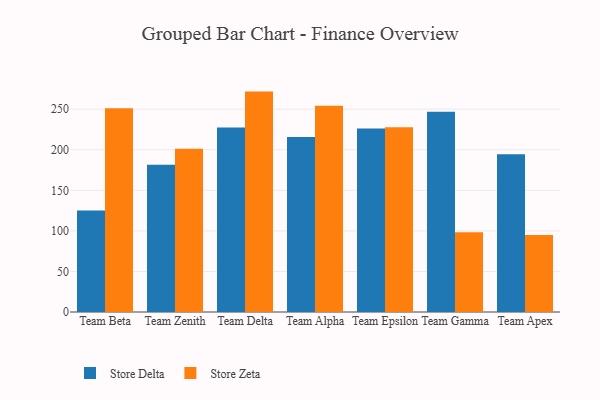
{"axis": {"x": "Team", "y": "Operating Costs (USD K)"}, "legend": ["Store Delta", "Store Zeta"], "data": [{"x": "Team Beta", "y": 125.2, "type": "Store Delta"}, {"x": "Team Beta", "y": 251.3, "type": "Store Zeta"}, {"x": "Team Zenith", "y": 181.5, "type": "Store Delta"}, {"x": "Team Zenith", "y": 201.2, "type": "Store Zeta"}, {"x": "Team Delta", "y": 227.5, "type": "Store Delta"}, {"x": "Team Delta", "y": 271.7, "type": "Store Zeta"}, {"x": "Team Alpha", "y": 215.6, "type": "Store Delta"}, {"x": "Team Alpha", "y": 254.3, "type": "Store Zeta"}, {"x": "Team Epsilon", "y": 226.2, "type": "Store Delta"}, {"x": "Team Epsilon", "y": 227.9, "type": "Store Zeta"}, {"x": "Team Gamma", "y": 246.9, "type": "Store Delta"}, {"x": "Team Gamma", "y": 98.3, "type": "Store Zeta"}, {"x": "Team Apex", "y": 194.5, "type": "Store Delta"}, {"x": "Team Apex", "y": 94.8, "type": "Store Zeta"}]}